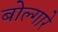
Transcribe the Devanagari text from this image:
बोल्गारे